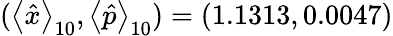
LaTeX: (\left<\hat{x}\right>_{10},\left<\hat{p}\right>_{10})=(1.1313,0.0047)